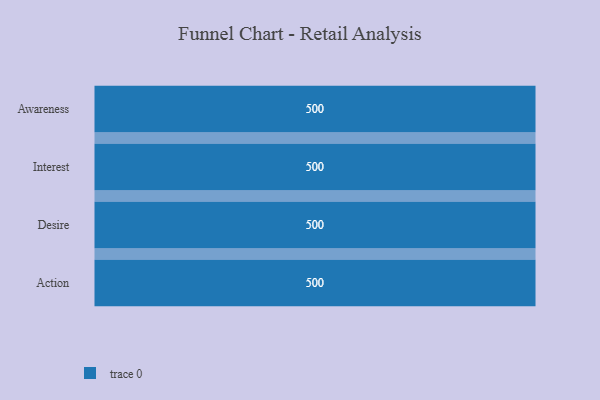
{"axis": {"x": "Stage", "y": "Value"}, "legend": [""], "data": [{"x": "Awareness", "y": 500, "type": ""}, {"x": "Interest", "y": 500, "type": ""}, {"x": "Desire", "y": 500, "type": ""}, {"x": "Action", "y": 500, "type": ""}]}